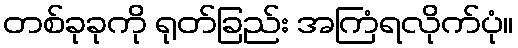
တစ်ခုခုကို ရုတ်ခြည်း အကြံရလိုက်ပုံ။